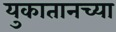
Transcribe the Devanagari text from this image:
युकातानच्या